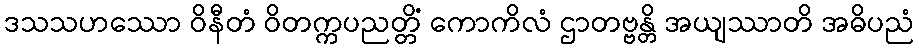
ဒသသဟဿော ဝိနီတံ ဝိတက္ကပညတ္တိံ ကောကိလံ ဌာတဗ္ဗန္တိ အယျဿာတိ အဓိပညံ